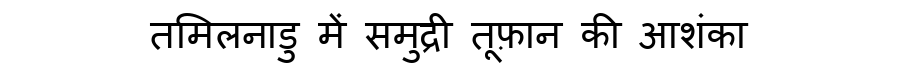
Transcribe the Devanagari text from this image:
तमिलनाडु में समुद्री तूफ़ान की आशंका